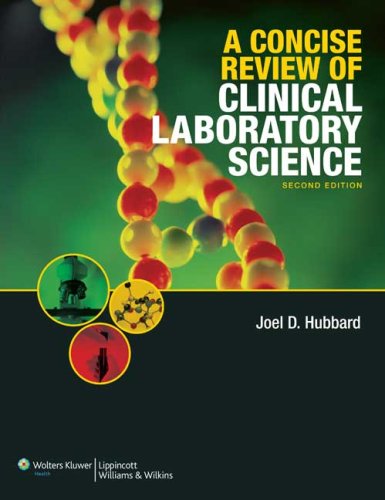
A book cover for A Concise Review of Clinical Laboratory Science; Joel Hubbard; Medical Books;